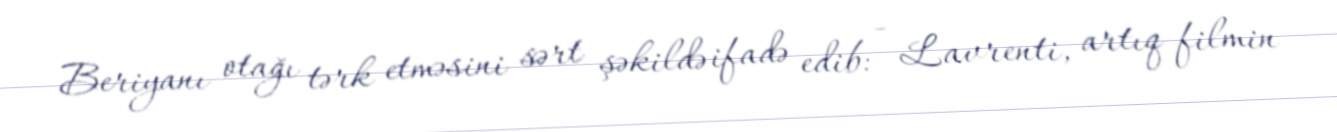
Beriyanı otağı tərk etməsini sərt şəkildə ifadə edib: - Lavrenti, artıq filmin